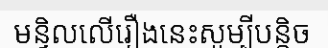
មន្ទិលលើរឿងនេះសូម្បីបន្តិច